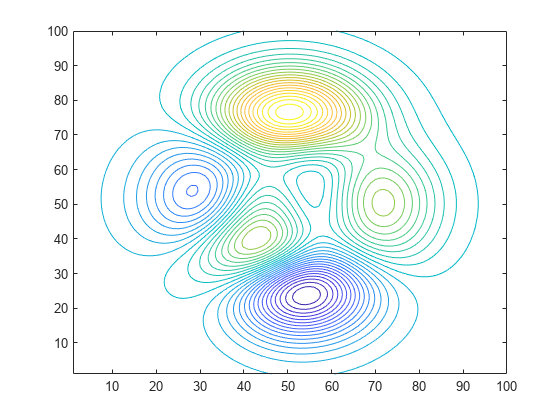
matlab, contour